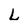
Character: L